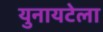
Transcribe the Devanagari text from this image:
युनायटेला